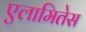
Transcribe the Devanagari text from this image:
एलामितेस